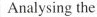
Analysing the